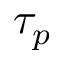
\tau _ { p }